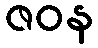
ဇဝန